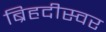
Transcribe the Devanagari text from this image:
ब्रिहदीस्वर